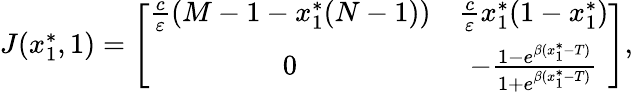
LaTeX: \begin{array}{r}{J(x_{1}^{*},1)=\left[{\begin{array}{cc}{\frac{c}{\varepsilon}(M-1-x_{1}^{*}(N-1))}&{\frac{c}{\varepsilon}x_{1}^{*}(1-x_{1}^{*})}\\ {0}&{-\frac{1-e^{\beta(x_{1}^{*}-T)}}{1+e^{\beta(x_{1}^{*}-T)}}}\end{array}}\right],}\end{array}